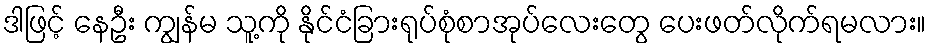
ဒါဖြင့် နေဦး ကျွန်မ သူ့ကို နိုင်ငံခြားရုပ်စုံစာအုပ်လေးတွေ ပေးဖတ်လိုက်ရမလား။